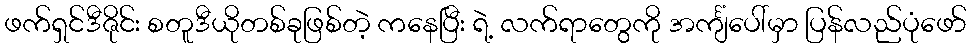
ဖက်ရှင်ဒီဇိုင်း စတူဒီယိုတစ်ခုဖြစ်တဲ့ ကနေပြီး ရဲ့ လက်ရာတွေကို အင်္ကျံပေါ်မှာ ပြန်လည်ပုံဖော်